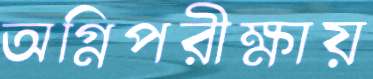
অগ্নিপরীক্ষায়